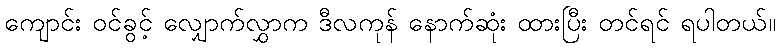
ကျောင်း ဝင်ခွင့် လျှောက်လွှာက ဒီလကုန် နောက်ဆုံး ထားပြီး တင်ရင် ရပါတယ်။